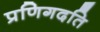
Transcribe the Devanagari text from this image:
प्रणिगदति